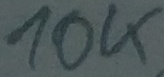
Text: 10K